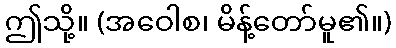
ဤသို့။ (အဝေါစ၊ မိန့်တော်မူ၏။)